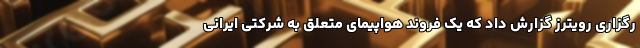
رگزاری رویترز گزارش داد که یک فروند هواپیمای متعلق به شرکتی ایرانی